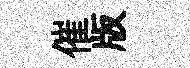
催版